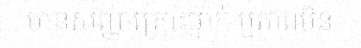
មានសញ្ញាគ្រោះថ្នាក់ ឬភាពមិន